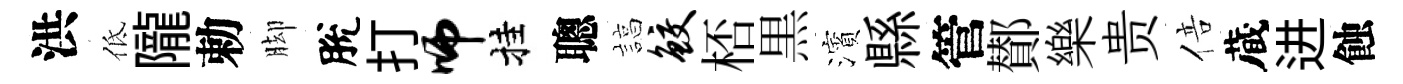
洪低隴勅脚脫打师挂聰諄鲛桮黒濱縣管鄼樂贵倍蔵进蝕